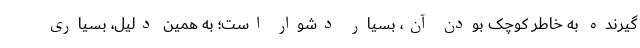
گیرنده به خاطر کوچک بودن آن، بسیار دشوار است؛ به همین دلیل، بسیاری